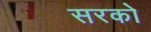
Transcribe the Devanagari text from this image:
सरको